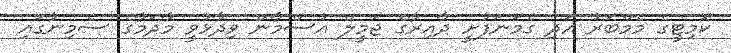
ކޮމިޓީގެ މެމްބަރު އަދި ގެމަނަފުށީ ދާއިރާގެ ޖަމީލް އުސްމާން ވިދާޅުވީ މާދަމާގެ ސެމިނާގައި